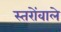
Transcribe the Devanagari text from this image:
स्तरोंवाले